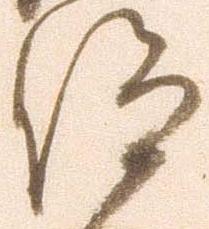
仰